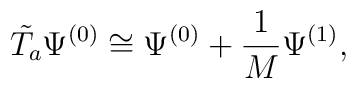
\tilde{T_a} \Psi^{(0)} \cong \Psi^{(0)} + \frac{1}{M}\Psi^{(1)},